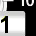
Digit: 1